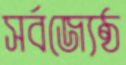
সর্বজ্যেষ্ঠ